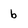
Character: b